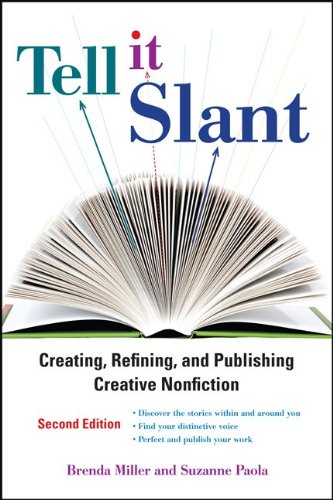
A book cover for Tell It Slant, 2nd Edition; Brenda Miller; Biographies & Memoirs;